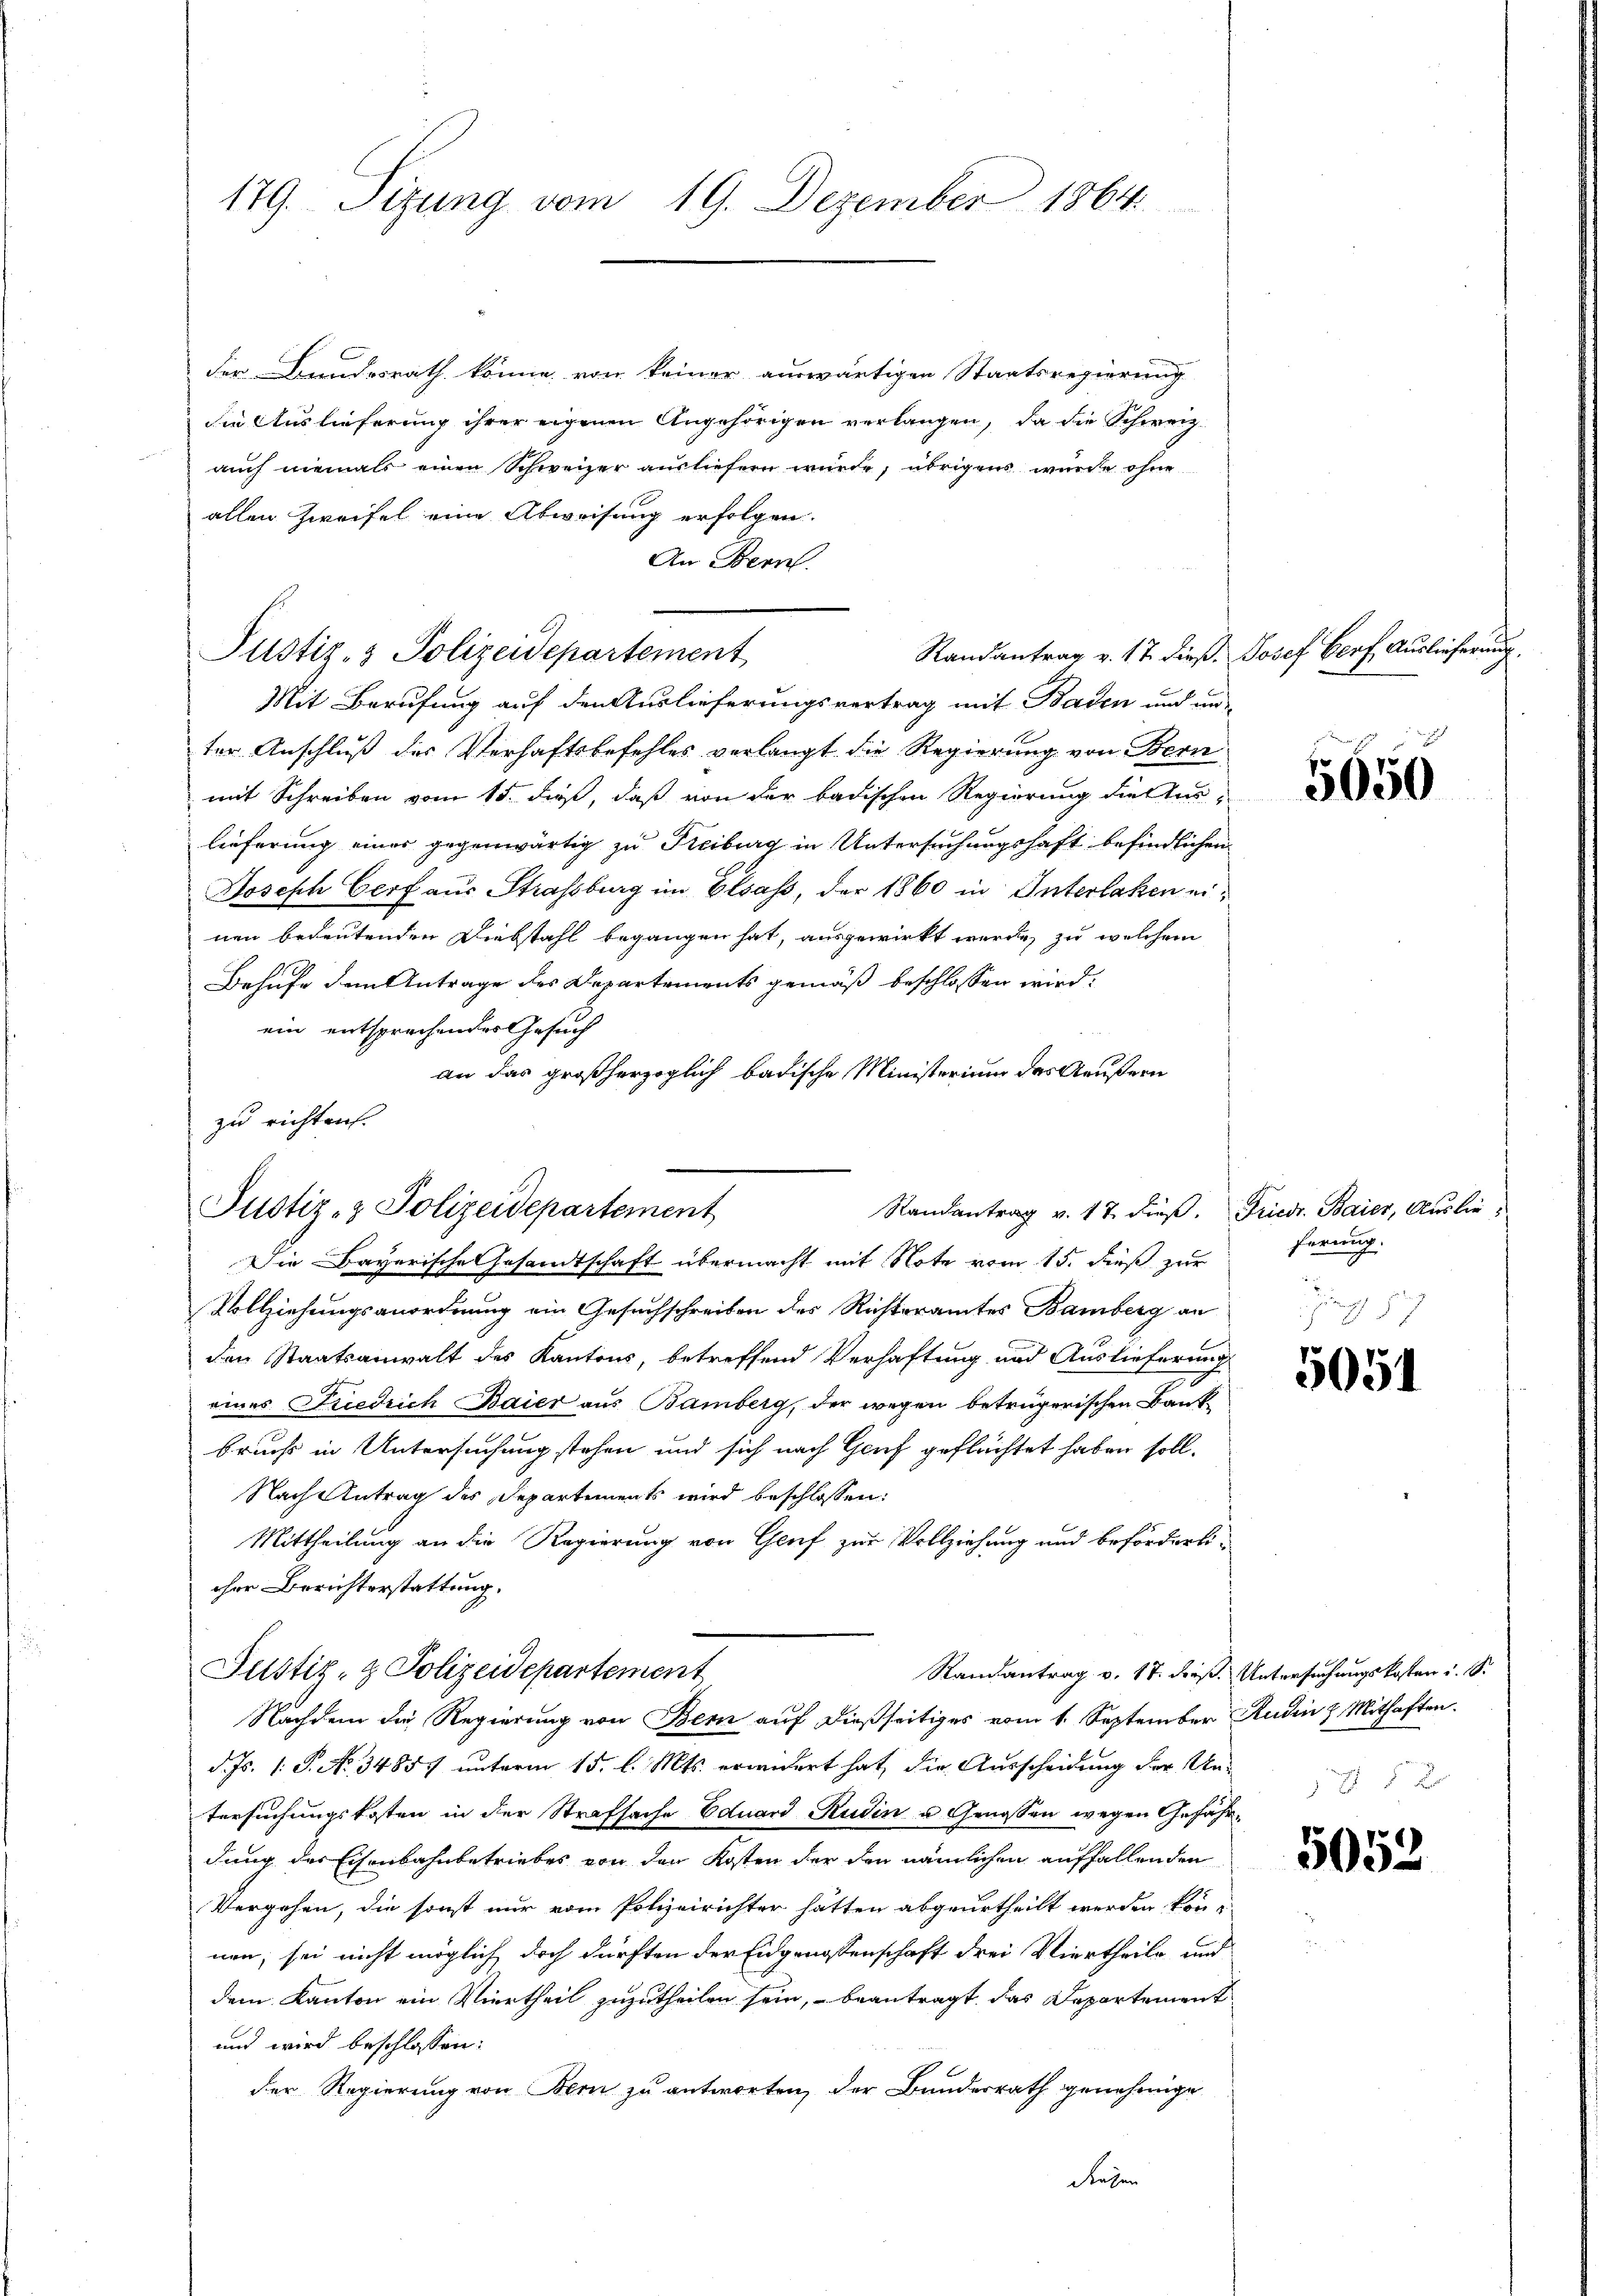
179. Sizung vom 19. Dezember 1864

der Bundesrath könne, von keiner auswärtigen Staatsregierung
die Auslieferung ihrer eigenen Angehörigen verlangen, da die Schweiz.
auch niemals einen Schweizer ausliefern wurde, übrigens wurde ohne
allen Zweifel eine Abweisung erfolgen.
An Bern.
Randantrag v. 17. dieß. Josef Verf. Auslieferung.
Justiz- & Polizeidepartement
Mit Berufung auf den Auslieferungsvertrag mit Baden und un-
ter Anschluß des Verhaftsbefehles verlangt die Regierung von Bern
mit Schreiben vom 15. dieß, daß von der badischen Regierung die Auslieferung einer gegenwärtig zu Freiburg in Untersuchungshaft befindlichen
Joseph Cerf aus Strassburg im Elsass, der 1860 in Interlaken einen bedeutenden Diebstahl begangen hat, ausgewirkt werde, zu welchem
Behufe dem Antrage des Departements gemäß beschlossen wird.
ein entsprechender Gesuch
an das großherzoglich badische Ministerium des Aeußern
zu richten.

Justiz- & Polizeidepartement
Randantrag v. 17. dieß. Friedr. Baier, Auslie¬

Justiz- & Polizeidepartement

Die Bayerische Gesandtschaft übermacht mit Note vom 15. dieß zur
Vollziehungsanordnung ein Gesuchschreiben des Richteramtes Bamberg an
den Staatsanwalt des Kantons, betreffend Verhaftung und Auslieferung
eines Friedrich Baier aus Bamberg, der wegen betrügerischen Bankbruch in Untersuchung stehen und sich nach Genf geflüchtet haben soll.
Nach Antrag des Departements wird beschlossen:
Mittheilung an die Regierung von Genf zur Vollziehung und beförderlicher Berichterstattung.
Randantrag v. 17. dieß. Untersuchungskosten i. S.
d. Js. 1. P. No. 3485) unterm 15. l. Mts. erindert hat, die Ausscheidung der Untersuchungskosten in der Strafsache Eduard Rudin u Genossen wegen Gefährdung des Eisenbahnbetriebes von den Kosten der den nämlichen auffallenden
Vergehen, die sonst nur vom Polizeirichter hätten abgeurtheilt werden könne
nen; sei nicht möglich doch dürften der Eidgenossenschaft drei Viertheile und
dem Kanton ein Viertheil zuzutheilen sein, beantragt, das Departement
und wird beschlossen:
der Regierung von Bern zu antworten, der Bundesrath genehmige
Rasen

Nachdem die Regierung von Bern auf dießseitiges vom 1. September Rudi & Mithaften.

5650

ferung.
d
gung

5054

4 x

5052